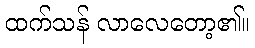
ထက်သန် လာလေတော့၏။